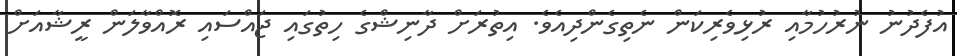
އުފެދުނު ނުރުހުމާާއި ރުޅިވެރިކަން ނެތިގެންދިއެވެ. އިތުރަށް ދާނިޝްގެ ހިތުގައި ޖައްސައި ރޮއްވާލަން ރީޝާއަށް